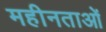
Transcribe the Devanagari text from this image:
महीनताओं